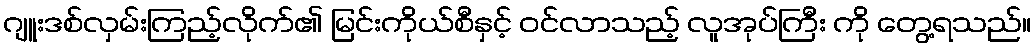
ဂျူးဒစ်လှမ်းကြည့်လိုက်၏ မြင်းကိုယ်စီနှင့် ဝင်လာသည့် လူအုပ်ကြီး ကို တွေ့ရသည်။